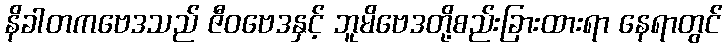
နိခါတကဗေဒသည် ဇီဝဗေဒနှင့် ဘူမိဗေဒတို့စည်းခြားထားရာ နေရာတွင်